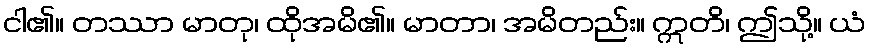
ငါ၏။ တဿာ မာတု၊ ထိုအမိ၏။ မာတာ၊ အမိတည်း။ ဣတိ၊ ဤသို့။ ယံ